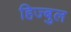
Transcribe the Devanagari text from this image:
हिज्बुल